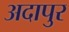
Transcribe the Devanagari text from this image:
अदापुर